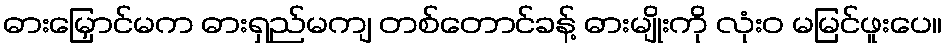
ဓားမြှောင်မက ဓားရှည်မကျ တစ်တောင်ခန့် ဓားမျိုးကို လုံးဝ မမြင်ဖူးပေ။